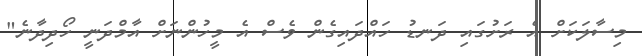
މިސާލަކަށް އެ ރަށުގައި ދަނޑު ހައްދައިގެން ވެސް އެ މީހުންނަށް އާމްދަނީ ހޯދިދާނެ"